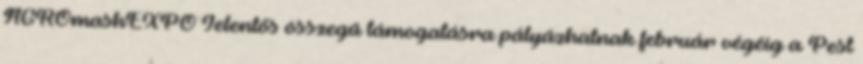
AGROmashEXPO Jelentős összegű támogatásra pályázhatnak február végéig a Pest